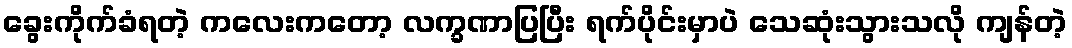
ခွေးကိုက်ခံရတဲ့ ကလေးကတော့ လက္ခဏာပြပြီး ရက်ပိုင်းမှာပဲ သေဆုံးသွားသလို ကျန်တဲ့